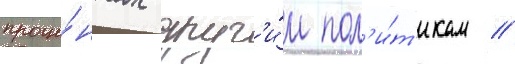
проце́нтах друг'и́м пол'и́т'икам //